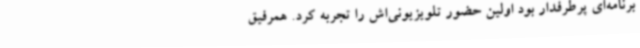
برنامه‌ای پرطرفدار بود اولین حضور تلویزیونی‌اش را تجربه کرد. همرفیق